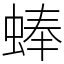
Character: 蜯